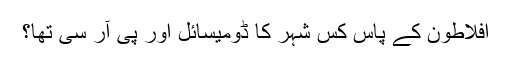
افلاطون کے پاس کس شہر کا ڈومیسائل اور پی آر سی تھا؟